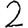
Digit: 2